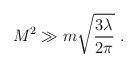
LaTeX: \begin{align*}M^2\gg m\sqrt{3\lambda \over 2\pi} \ .\end{align*}